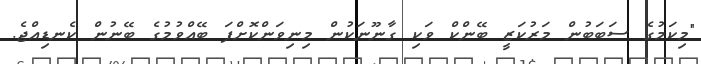
"މިކަމުގެ ސަބަބުން މަރުކަޒީ ބޭންކް ވަކި ގާނޫނަކުން މިނިވަންކޮށްފަ ބޭއްވުމުގެ ބޭނުން ކެނޑިއްޖެ.